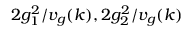
2 g _ { 1 } ^ { 2 } / v _ { g } ( k ) , 2 g _ { 2 } ^ { 2 } / v _ { g } ( k )